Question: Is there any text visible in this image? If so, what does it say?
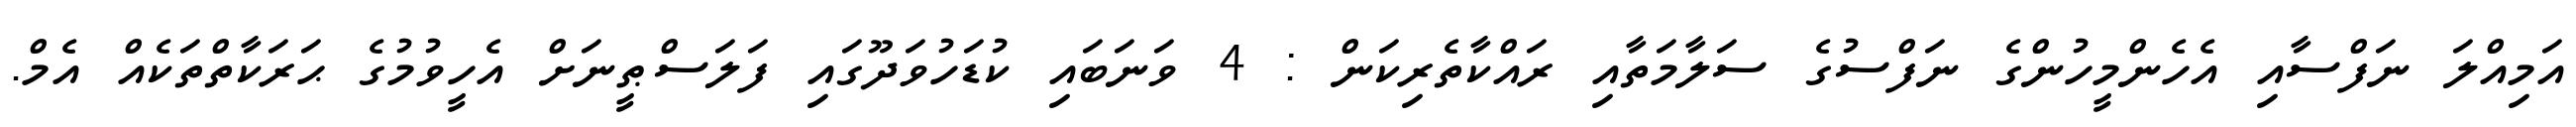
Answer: އަމިއްލަ ނަފްސާއި އެހެންމީހުންގެ ނަފްސުގެ ސަލާމަތާއި ރައްކާތެރިކަން : 4 ވަނަބައި ކުޑަހުވަދޫގައި ފަލަސްޠީނަށް އެހީވުމުގެ ޙަރަކާތްތަކެއް އެމް.